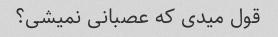
قول میدی که عصبانی نمیشی؟